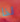
لذا